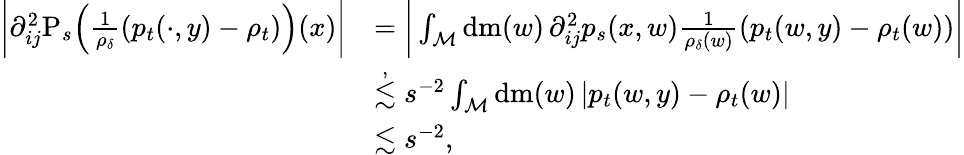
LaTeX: \begin{array}{rl}{\bigg\vert\partial_{ij}^{2}\mathrm{P}_{s}\Big(\frac{1}{\rho_{\delta}}(p_{t}(\cdot,y)-\rho_{t})\Big)(x)\bigg\vert}&{=\bigg\vert\int_{\mathcal{M}}\mathrm{d}\mathrm{m}(w)\, \partial_{ij}^{2}p_{s}(x,w)\frac{1}{\rho_{\delta}(w)}(p_{t}(w,y)-\rho_{t}(w))\bigg\vert}\\ &{\stackrel{,}{\lesssim}s^{-2}\int_{\mathcal{M}}\mathrm{d}\mathrm{m}(w)\, \vert p_{t}(w,y)-\rho_{t}(w)\vert}\\ &{\lesssim s^{-2},}\end{array}